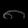
Digit: ၈